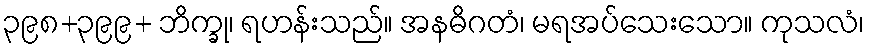
၃၉၈+၃၉၉+ ဘိက္ခု၊ ရဟန်းသည်။ အနဓိဂတံ၊ မရအပ်သေးသော။ ကုသလံ၊